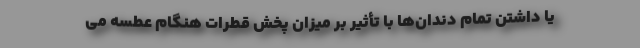
یا داشتن تمام دندان‌ها با تأثیر بر میزان پخش قطرات هنگام عطسه می‌